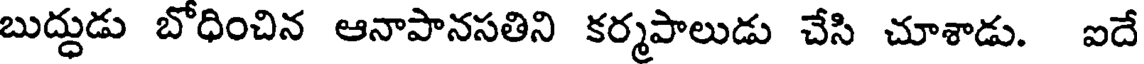
బుద్దుడు బోధించిన ఆనాపానసతిని కర్మపాలుడు చేసి చూశాడు. ఐదే